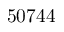
5 0 7 4 4